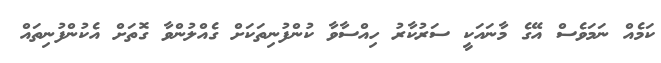
ކަމެއް ނަމަވެސް އޭގެ މާނައަކީ ސަރުކާރު ހިއްސާވާ ކުންފުނިތަކަށް ގެއްލުންވާ ގޮތަށް އެކުންފުނިތައް